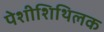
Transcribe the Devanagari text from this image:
पेशीशिथिलक